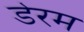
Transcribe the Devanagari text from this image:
डेरम